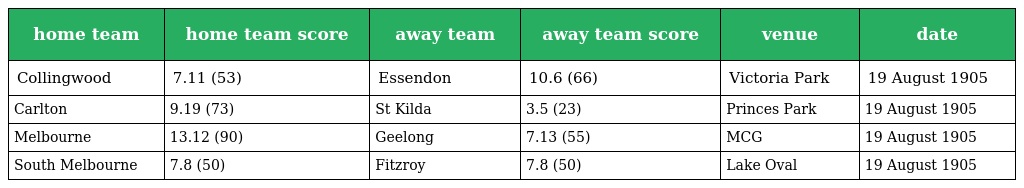
| home team | home team score | away team | away team score | venue | date |
 | --- | --- | --- | --- | --- | --- |
 | Collingwood | 7.11 (53) | Essendon | 10.6 (66) | Victoria Park | 19 August 1905 |
 | Carlton | 9.19 (73) | St Kilda | 3.5 (23) | Princes Park | 19 August 1905 |
 | Melbourne | 13.12 (90) | Geelong | 7.13 (55) | MCG | 19 August 1905 |
 | South Melbourne | 7.8 (50) | Fitzroy | 7.8 (50) | Lake Oval | 19 August 1905 |